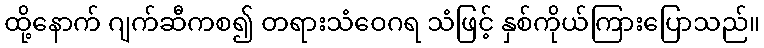
ထို့နောက် ဂျက်ဆီကစ၍ တရားသံဝေဂရ သံဖြင့် နှစ်ကိုယ်ကြားပြောသည်။